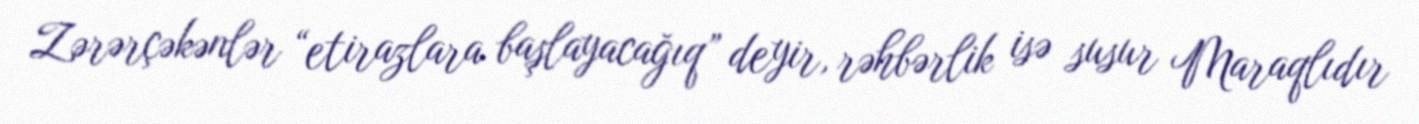
Zərərçəkənlər “etirazlara başlayacağıq” deyir, rəhbərlik isə susur Maraqlıdır